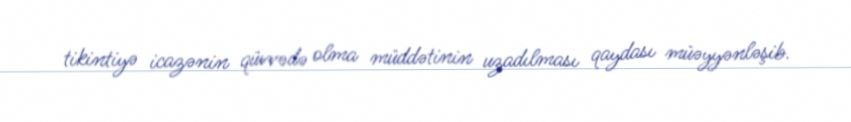
tikintiyə icazənin qüvvədə olma müddətinin uzadılması qaydası müəyyənləşib.